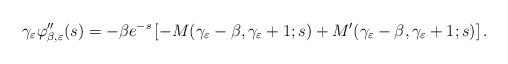
LaTeX: \begin{align*} \gamma_{\varepsilon} \varphi_{\beta,\varepsilon}''(s) = - \beta e^{-s} \left[ - M(\gamma_{\varepsilon}-\beta, \gamma_{\varepsilon}+1;s) + M'(\gamma_{\varepsilon}-\beta, \gamma_{\varepsilon}+1;s) \right].\end{align*}